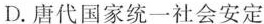
D.唐代国家统一社会安定